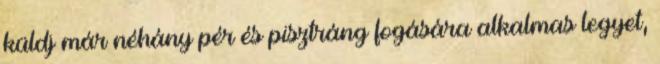
küldj már néhány pér és pisztráng fogására alkalmas legyet,